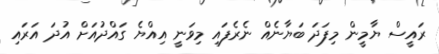
ރައީސް ޔާމީން މިފަދަ ބަޔާނެއް ނެރެފައި މިވަނީ އިއްޔެ ގައްދުއަށް އުދަ އަރައި